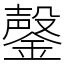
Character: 鏧